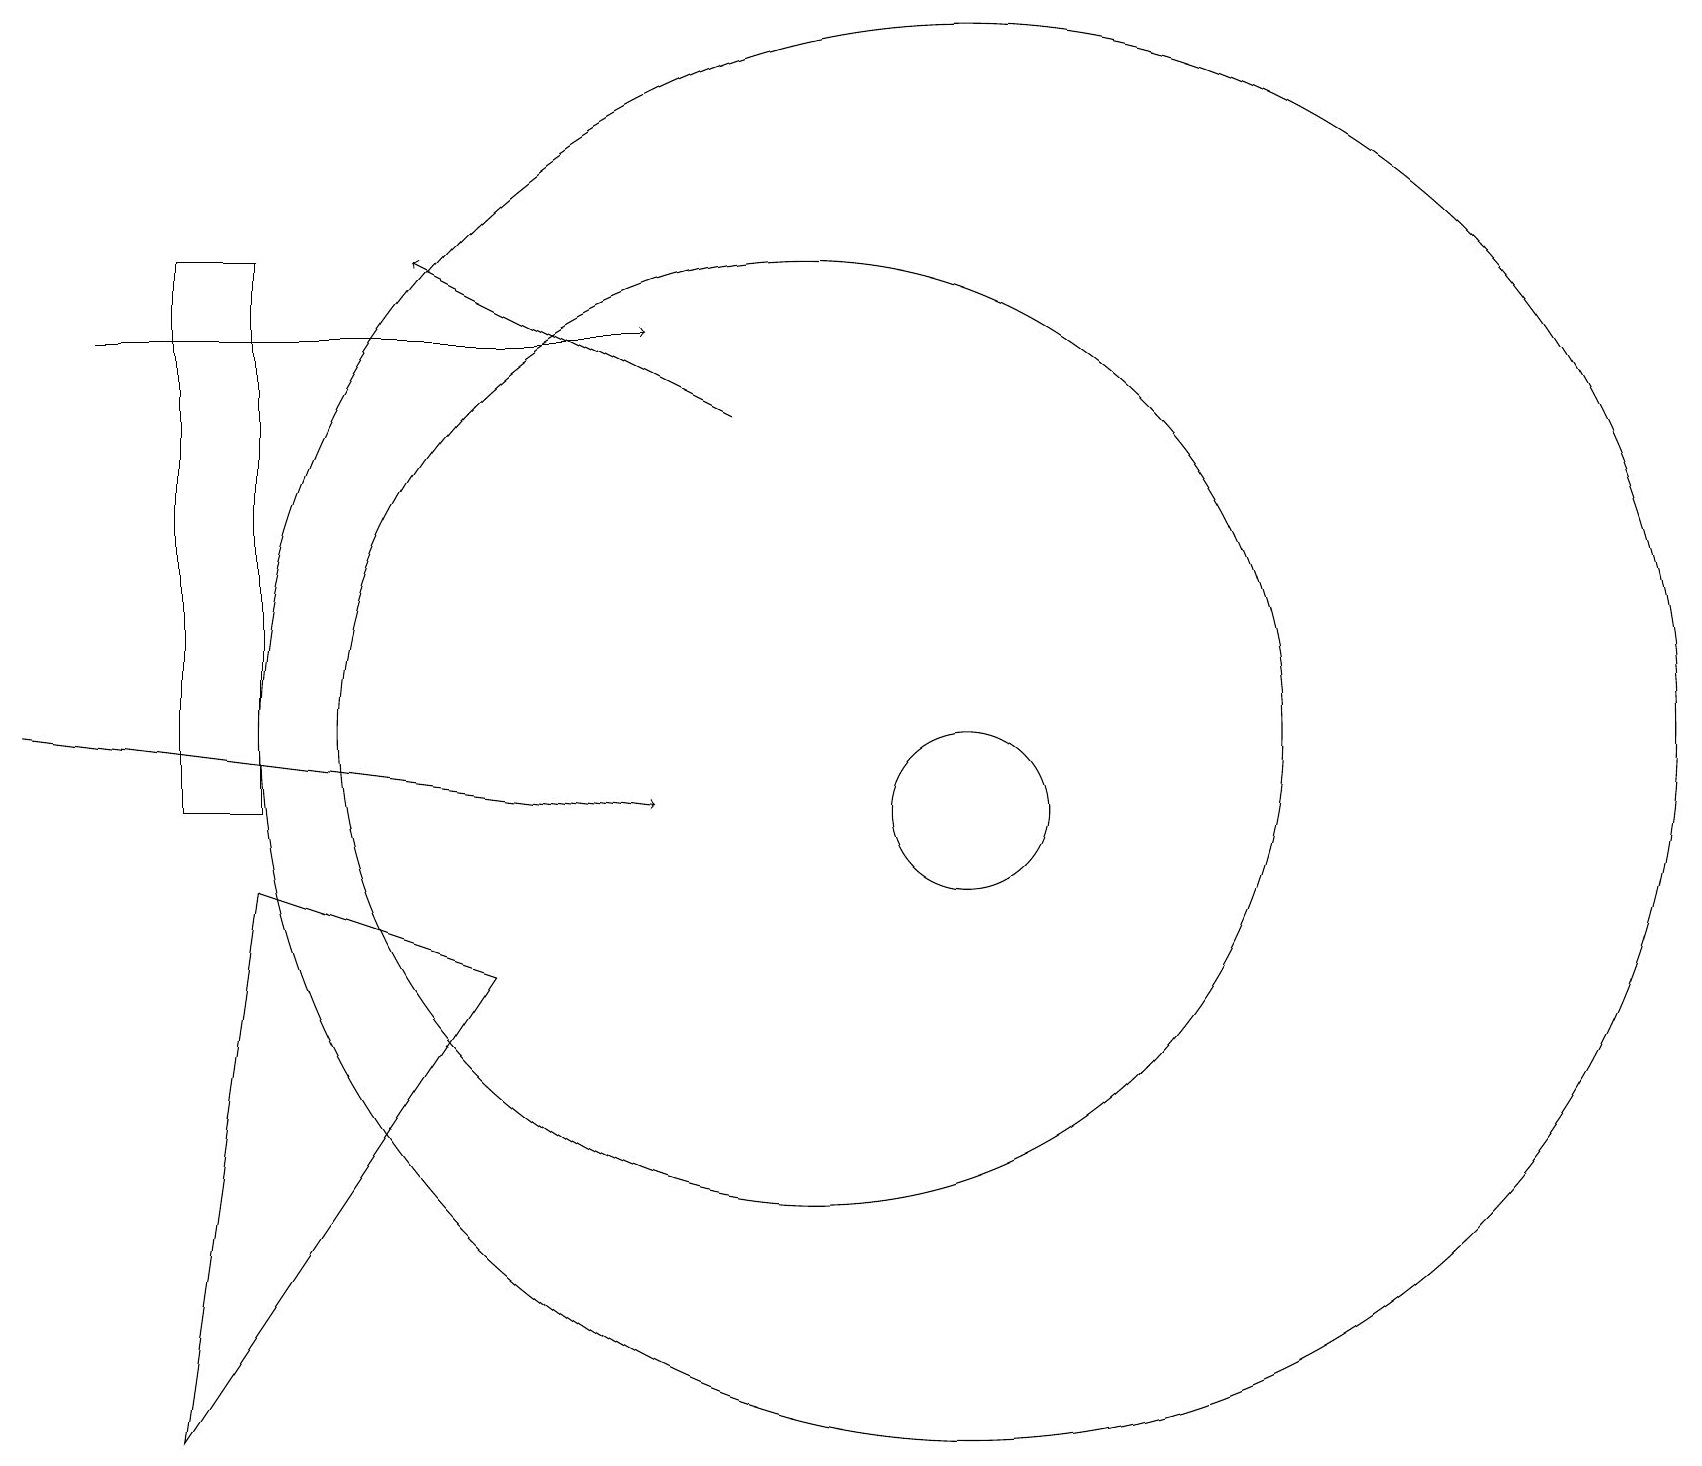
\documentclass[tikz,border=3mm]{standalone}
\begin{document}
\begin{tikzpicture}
\draw[->] (0,11) -- (8,10);
\draw (12,10) circle (1);
\draw (3,10) rectangle (2,17);
\draw[->] (1,16) -- (8,16);
\draw[->] (9,15) -- (5,17);
\draw (12,11) circle (9);
\draw (3,9) -- (6,8) -- (2,2) -- cycle;
\draw (10,11) circle (6);
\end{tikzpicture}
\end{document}